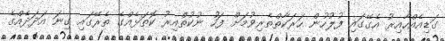
ގަޑިއެއްހާއިރު އެގޭގައި ފުލުހުން ހަރަކާތްތެރިވުމަށް ފަހު ނުކުތްއިރު ކޮތަޅެއްގެ ތެރޭގައި ގިނަ އަދަދެއްގެ